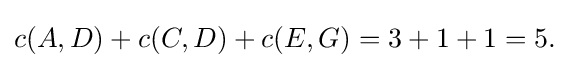
c(A,D)+c(C,D)+c(E,G)=3+1+1=5.\